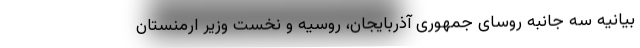
بیانیه سه جانبه روسای جمهوری آذربایجان، روسیه و نخست وزیر ارمنستان